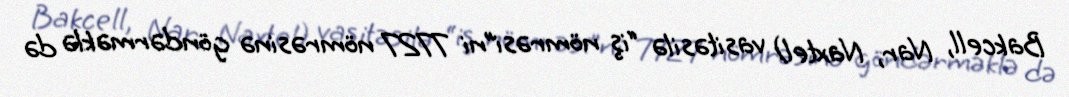
Bakcell, Nar, Naxtel) vasitəsilə “iş nömrəsi”ni 7727 nömrəsinə göndərməklə də